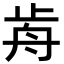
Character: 歬